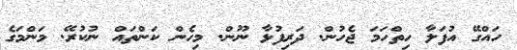
ހައްގޭ އުފަލާ ހިތްހަމަ ޖެހުން. ދަރިފުޅާ ނޫން. މިހެން ކަންތައް ނުކުރޭ. މަންމަގެ